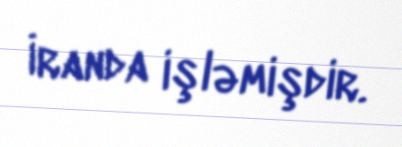
İranda işləmişdir.